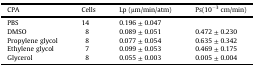
| CPA | Cells | Lp (μm/min/atm) | Ps(10−3 cm/min) |
 | --- | --- | --- | --- |
 | PBS | 14 | 0.196 ± 0.047 |  |
 | DMSO | 8 | 0.089 ± 0.051 | 0.472 ± 0.230 |
 | Propylene glycol | 8 | 0.077 ± 0.054 | 0.635 ± 0.342 |
 | Ethylene glycol | 7 | 0.099 ± 0.053 | 0.469 ± 0.175 |
 | Glycerol | 8 | 0.055 ± 0.003 | 0.005 ± 0.004 |